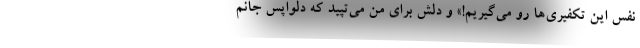
نفس این تکفیری‌ها رو می‌گیریم!» و دلش برای من می‌تپید که دلواپس جانم